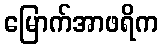
မြောက်အာဖရိက